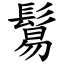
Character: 鬄